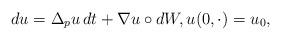
LaTeX: \begin{align*} d u = \Delta_p u \,d t + \nabla u \circ d W, u(0,\cdot) = u_0, \end{align*}